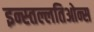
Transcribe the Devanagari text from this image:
इन्स्तल्लतिओन्स